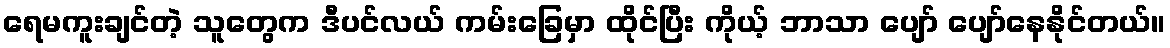
ရေမကူးချင်တဲ့ သူတွေက ဒီပင်လယ် ကမ်းခြေမှာ ထိုင်ပြီး ကိုယ့် ဘာသာ ပျော် ပျော်နေနိုင်တယ်။